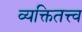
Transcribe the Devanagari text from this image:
व्यक्तितत्त्व